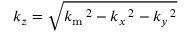
k _ { z } = \sqrt { k _ { \mathrm { m } } \, \! \! \, \! \, \, \! \, \, \! \! \, \! \, \, \! \! \, \! \! \, \! \, \, \! \! \, \! \! \, \! \, \, \! \, \, \! \! \, \! \, \, \! \! \, \! \! \, \! \, \, \! \, \, \! \! \, \! \, \, \! \, \, \! \! \, \! \, \, \! \! \, \! \! \, \! \, \, \! \, \, \! \! \, \! \, \, \! \, \, \! \! ^ { 2 } - k _ { x } \, \! \! \, \! \, \, \! \, \, \! \! \, \! \, \, \! \! \, \! \! \, \! \, \, \! \! \, \! \! \, \! \, \, \! \, \, \! \! \, \! \, \, \! \! \, \! \! \, \! \, \, \! \, \, \! \! \, \! \, \, \! \, \, \! \! \, \! \, \, \! \! \, \! \! \, \! \, \, \! \, \, \! \! \, \! \, \, \! \, \, \! \! ^ { 2 } - k _ { y } \, \! \! \, \! \, \, \! \, \, \! \! \, \! \, \, \! \! \, \! \! \, \! \, \, \! \! \, \! \! \, \! \, \, \! \, \, \! \! \, \! \, \, \! \! \, \! \! \, \! \, \, \! \, \, \! \! \, \! \, \, \! \, \, \! \! \, \! \, \, \! \! \, \! \! \, \! \, \, \! \, \, \! \! \, \! \, \, \! \, \, \! \! ^ { 2 } }